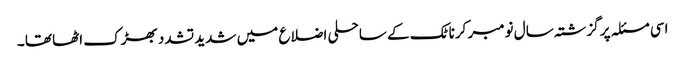
اسی مسئلہ پر گزشتہ سال نومبر کرناٹک کے ساحلی اضلاع میں شدید تشدد بھڑک اٹھا تھا ۔